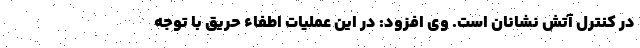
در کنترل آتش نشانان است. وی افزود: در این عملیات اطفاء حریق با توجه